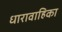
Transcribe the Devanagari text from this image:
धारावाहिका